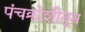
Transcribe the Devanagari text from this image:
पंचक्रोशीतून